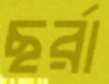
ছর্‌রা